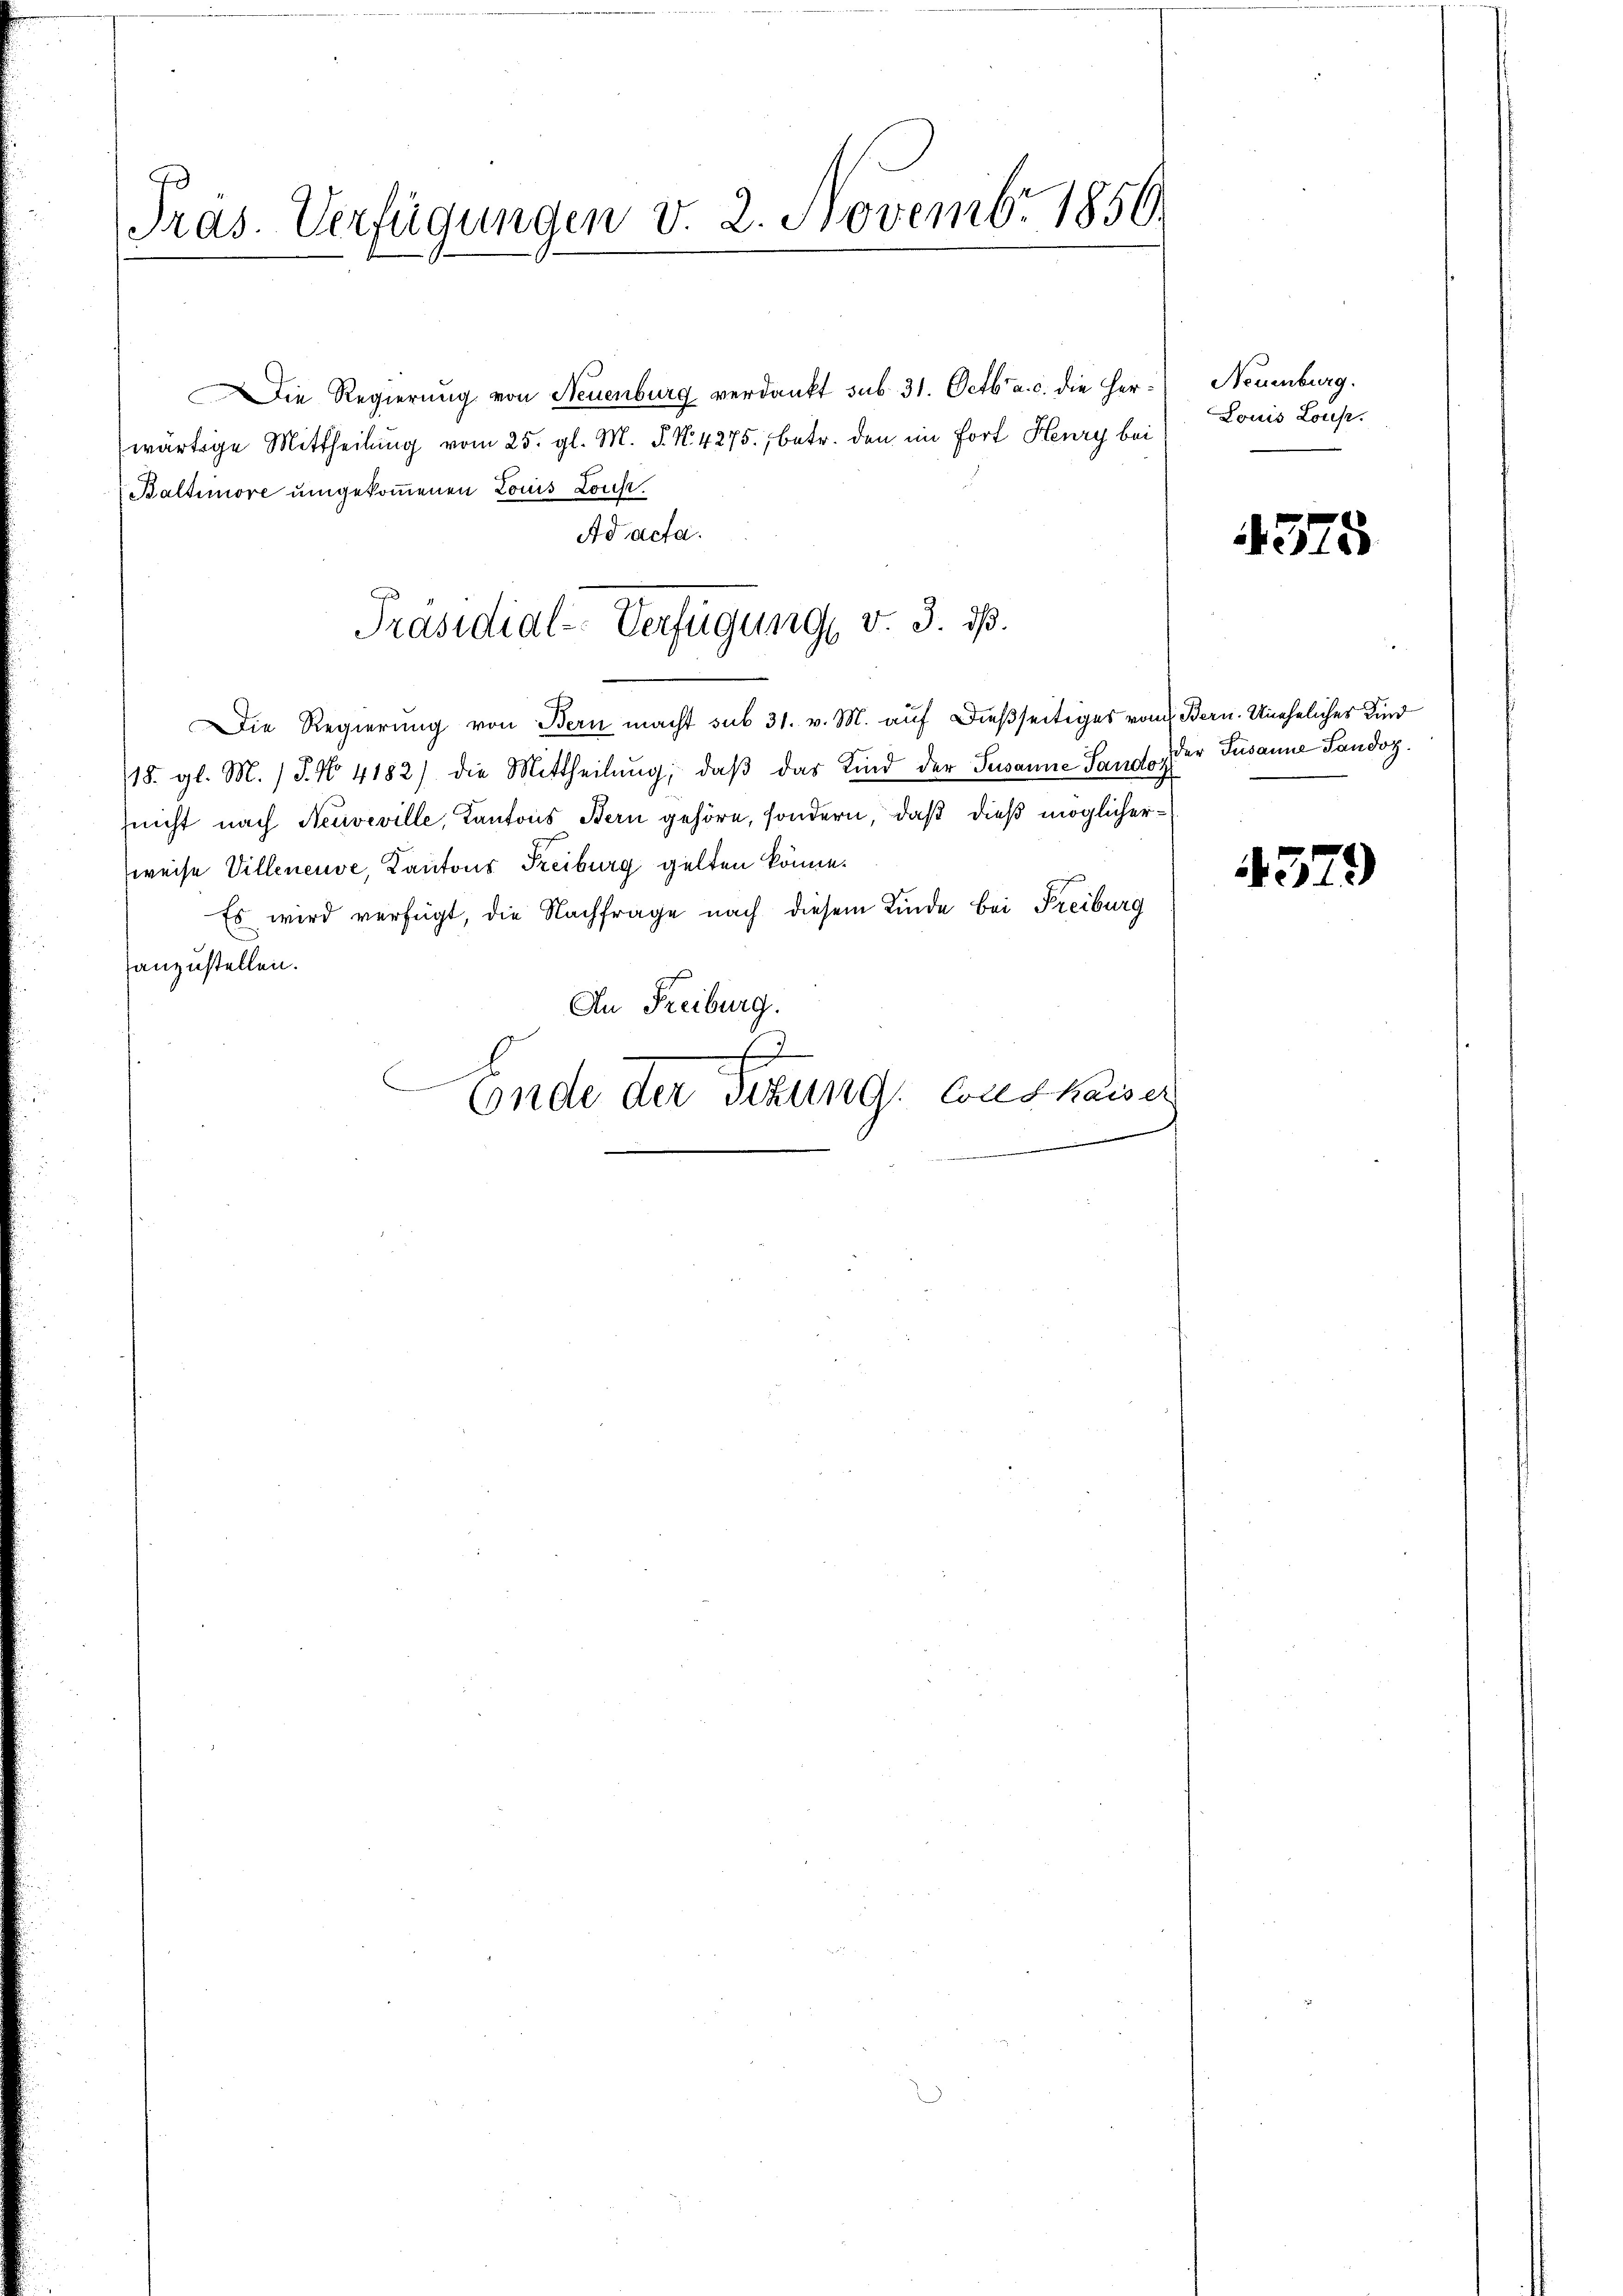
Präs. Verfügungen v. 2. Novembr 1856.

Die Regierung von Neuenburg verdankt sub. 31. Octbr. a. c. die Herwärtige Mittheilung vom 25. gl. M. P. N. 4275, betr. den im fort Henry bei
Baltimore umgekommenen Louis Louse
Ad acta.
Die Regierung von Bern macht sub 31. v. M. auf dießseitiges vom Bern. Uneheliches Kind
18. gl. M. J. No 4182) die Mittheilŭng, daβ das Kind der Susanne Sando der Susanne Sandoz.
sucht nach Neuveville, Kantons Bern gehöre, sondern, daß dieß möglicherweise Villeneuve, Kantons Freiburg gelten könne.
Es wird verfügt, die Nachfrage nach diesem Kinde bei Freiburg
fanzustellen.
An Freiburg.
.
Ende der Tizung Conskaiser

Präsidial-Verfügung v. 3. ds.

Neuenburg.
Louis Louise.

4375

4379